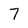
Character: 7